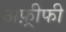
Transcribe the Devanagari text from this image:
अफ़्रीफी